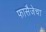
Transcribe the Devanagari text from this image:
फासैजेचा